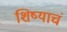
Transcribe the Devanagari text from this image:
शिष्याचं